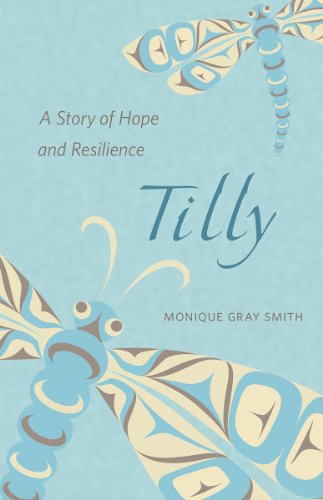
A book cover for Tilly: A Story of Hope and Resilience; Monique Gray Smith; Literature & Fiction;